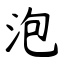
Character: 泡